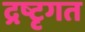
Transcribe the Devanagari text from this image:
द्रष्टृगत